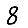
Digit: 8